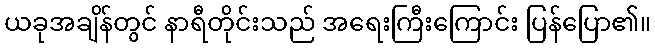
ယခုအချိန်တွင် နာရီတိုင်းသည် အရေးကြီးကြောင်း ပြန်ပြော၏။